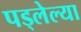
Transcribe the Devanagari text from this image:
पड्लेल्या